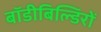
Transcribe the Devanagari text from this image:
बॉडीबिल्डिंरों